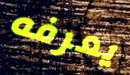
يعرفه